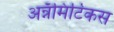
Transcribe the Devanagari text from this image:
अन्नॅमिटिकस